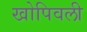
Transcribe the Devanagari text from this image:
खोपिवली